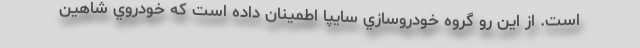
است. از اين رو گروه خودروسازي سايپا اطمينان داده است كه خودروي شاهين